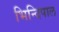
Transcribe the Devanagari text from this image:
भिन्दिपाल